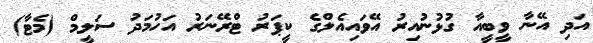
އަދި އޭނާ ވީބީއާ ގުޅުނުއިރު އޭވައިއެލްގެ ކީޕަރު ޓްރޭނަރު އަހުމަދު ސަލީމް (މެޓާ)